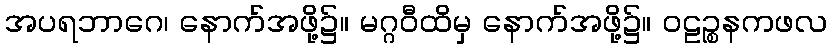
အပရဘာဂေ၊ နောက်အဖို့၌။ မဂ္ဂဝီထိမှ နောက်အဖို့၌။ ဝဠဉ္စနကဖလ